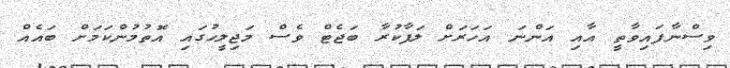
ވިސްނާފައިވާތީ އާއި އަންނަ އަހަރަށް ލަފާކުރާ ބަޖެޓް ވެސް މަޖިލީހުގައި އޮތުމުންކަމަށް ބައެއް